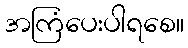
အကြံပေးပါရစေ။